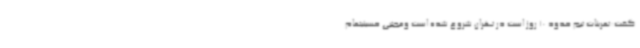
گفت:تمرینات تیم حدود 10 روز است در تهران شروع شده است ومجتبی حسینیتمام